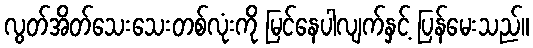
လွတ်အိတ်သေးသေးတစ်လုံးကို မြင်နေပါလျက်နှင့် ပြန်မေးသည်။